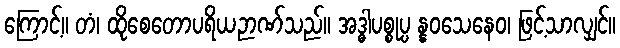
ကြောင့်။ တံ၊ ထိုစေတောပရိယဉာဏ်သည်။ အဒ္ဓါပစ္စုပ္ပ န္နဝသေနေဝ၊ ဖြင့်သာလျှင်။